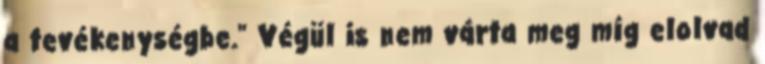
a tevékenységbe." Végül is nem várta meg míg elolvad